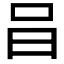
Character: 𠯭